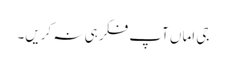
جی اماں آپ فکر ہی نہ کریں۔